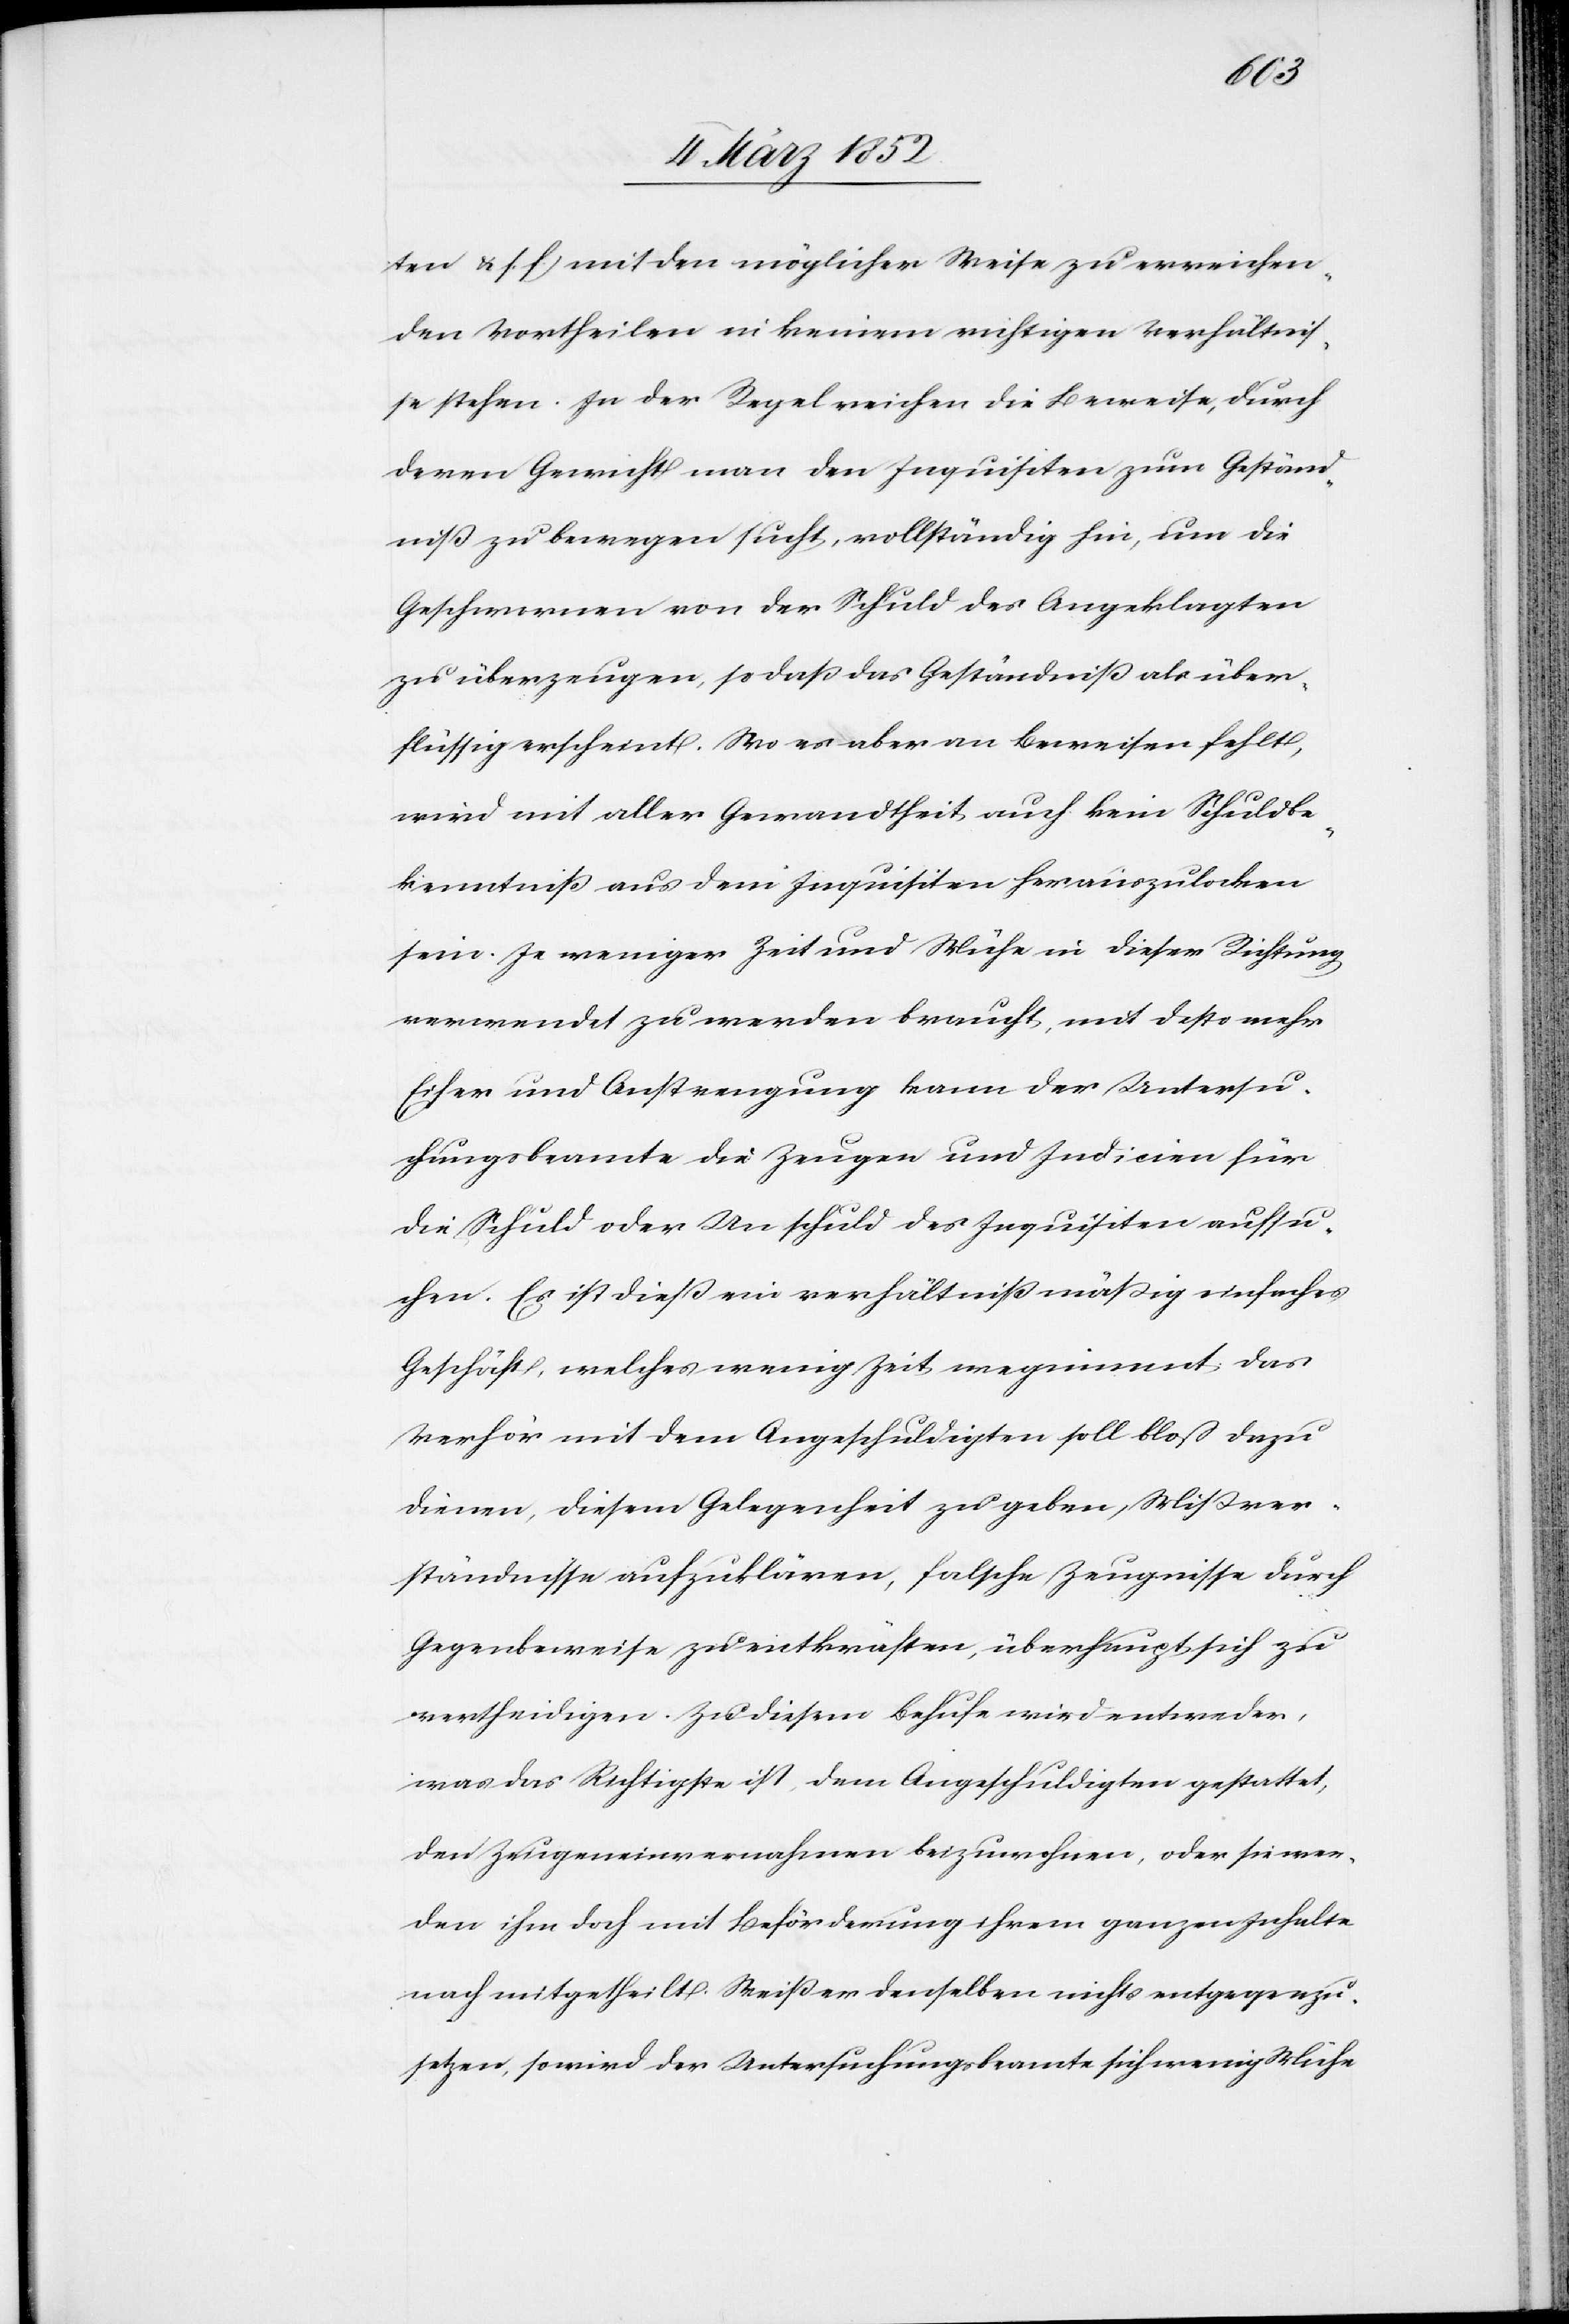
ten u. s. f.) mit den möglicher Weise zu erreichen¬
den Vortheilen in keinem richtigen Verhältnis¬
se stehen. In der Regel reichen die Beweise, durch
deren Gewicht man den Inquisiten zum Geständ¬
niß zu bewegen sucht, vollständig hin, um die
Geschwornen von der Schuld des Angeklagten
zu überzeugen, so daß das Geständniß als über¬
flüssig erscheint. Wo es aber an Beweisen fehlt,
wird mit aller Gewandtheit auch kein Schuldbe¬
kenntniß aus dem Inquisiten herauszulocken
sein. Je weniger Zeit und Mühe in dieser Richtung
verwendet zu werden braucht, mit desto mehr
Eifer und Anstrengung kann der Untersu¬
chungsbeamte die Zeugen und Indicien für
die Schuld oder Unschuld des Inquisiten aufsu¬
chen. Es ist dieß ein verhältnißmäßig einfaches
Geschäft, welches wenig Zeit wegnimmt, das
Verhör mit dem Angeschuldigten soll bloß dazu
dienen, diesem Gelegenheit zu geben, Mißver¬
ständnisse aufzuklären, falsche Zeugnisse durch
Gegenbeweise zu entkräften, überhaupt sich zu
vertheidigen. Zu diesem Behufe wird entweder,
was das Richtige ist, dem Angeschuldigten gestattet,
den Zeugeneinvernahmen beizuwohnen, oder sie wer¬
den ihm doch mit Beförderung ihrem ganzen Inhalte
nach mitgetheilt. Weiß er denselben nichts entgegenzu¬
setzen, so wird der Untersuchungsbeamte sich wenig Mühe